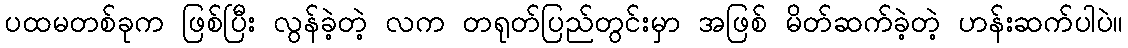
ပထမတစ်ခုက ဖြစ်ပြီး လွန်ခဲ့တဲ့ လက တရုတ်ပြည်တွင်းမှာ အဖြစ် မိတ်ဆက်ခဲ့တဲ့ ဟန်းဆက်ပါပဲ။